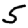
Digit: 5